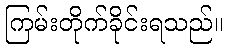
ကြမ်းတိုက်ခိုင်းရသည်။